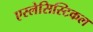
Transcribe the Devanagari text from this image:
एस्लेसिस्टिकल